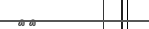
١٥